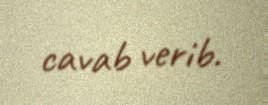
cavab verib.